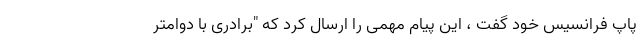
پاپ فرانسیس خود گفت ، این پیام مهمی را ارسال کرد که "برادری با دوامتر